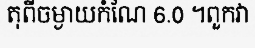
តុពីចម្ងាយកំណែ 6.0 ។ពួកវា